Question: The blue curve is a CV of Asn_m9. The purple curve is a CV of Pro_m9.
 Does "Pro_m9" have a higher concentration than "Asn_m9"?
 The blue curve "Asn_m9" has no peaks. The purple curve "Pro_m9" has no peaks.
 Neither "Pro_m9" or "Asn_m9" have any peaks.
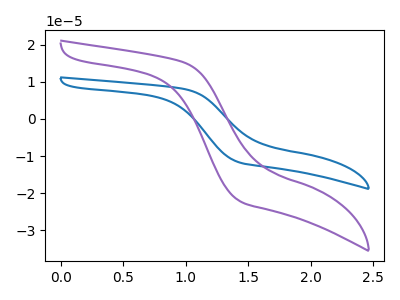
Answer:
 <answer>I cant tell if "Pro_m9" or "Asn_m9" has higher concentration.</answer>
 <eval>mixed_concentration</eval>